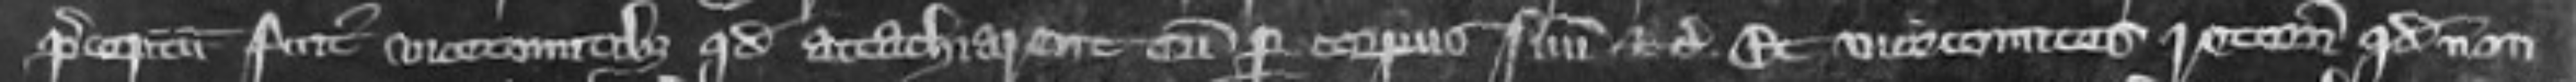
preceptum fuit vicecomitibus quod attachiarent eum per corporus sunt etc et vice comites retornaverunt quod non